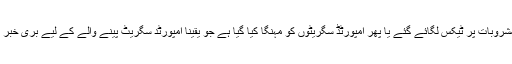
کچھ مشروبات پر ٹیکس لگائے گئے یا پھر امپورٹڈ سگریٹوں کو مہنگا کیا گیا ہے جو یقیناً امپورٹد سگریٹ پینے والے کے لیے بری خبر ہوگی۔